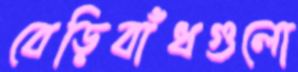
বেড়িবাঁধগুলো